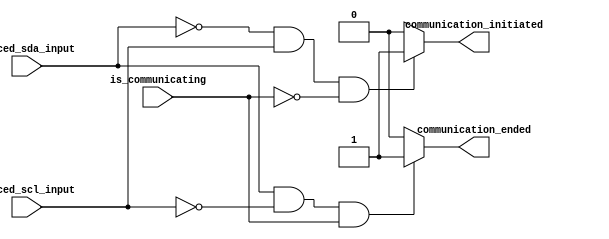
module Communication_Init_And_End_Detector(
		input 														synced_sda_input,
		input 														synced_scl_input,
		input															is_communicating,
		output reg										  communication_initiated,
		output reg												communication_ended
		);
		
		always@(*) begin
			if(!synced_sda_input && synced_scl_input && ~is_communicating) begin
				communication_initiated <= 1;
				end // if
			else begin
					communication_initiated <= 0;
				  end // else
			if(synced_sda_input && ~synced_scl_input && is_communicating) begin
				communication_ended <= 1;
				end // if
			else begin
					communication_ended <= 0;
				  end // else
		end // always
	
endmodule